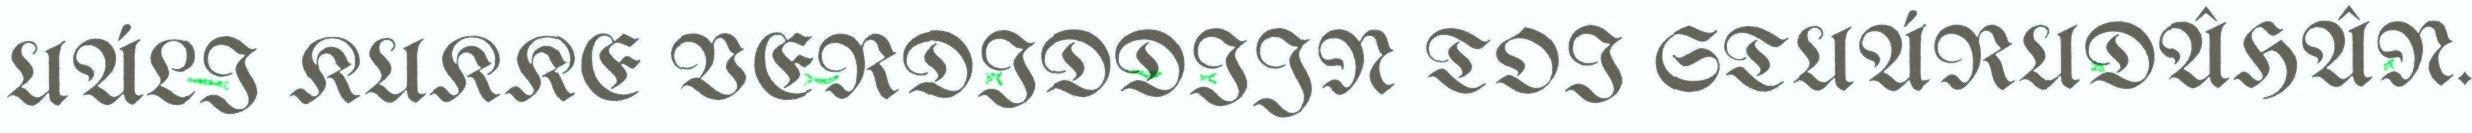
UÁLI KUKKE VERDIDDIJN TOI STUÁRUDÂHÂN.